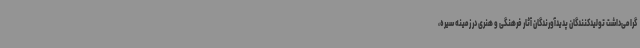
گرامی‌داشت تولیدکنندگان پدیدآورندگان آثار فرهنگی و هنری در زمینه سیره،